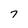
Character: 7